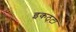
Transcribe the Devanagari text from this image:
इकठ्‌टा